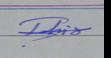
Signature authenticity: genuine